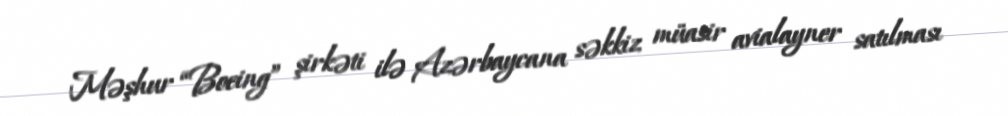
Məşhur “Boeing” şirkəti ilə Azərbaycana səkkiz müasir avialayner satılması